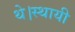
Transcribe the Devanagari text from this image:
थे।स्थायी